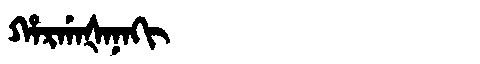
Manchu: ᡥᠠᡵᡤᠠᡧᠠᠨᠠᡴᡳ
Romanization: HARGAŠANAKI